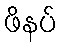
ဖိနပ်